画像に写った文字を読んでください
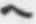
「ヘ」と書いてあります